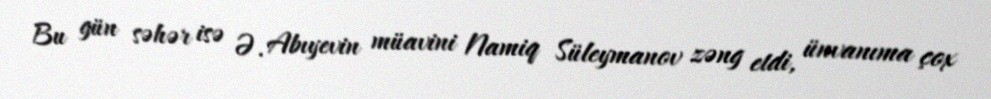
Bu gün səhər isə Ə. Abıyevin müavini Namiq Süleymanov zəng etdi, ünvanıma çox